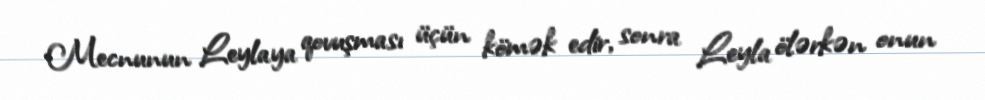
Mecnunun Leylaya qovuşması üçün kömək edir, sonra Leyla ölərkən onun